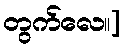
တွက်လေ။]